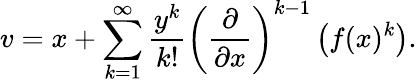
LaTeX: v=x+\sum_{k=1}^{\infty}{\frac{y^{k}}{k!}}\left({\frac{\partial}{\partial x}}\right)^{k-1}\left(f(x)^{k}\right).